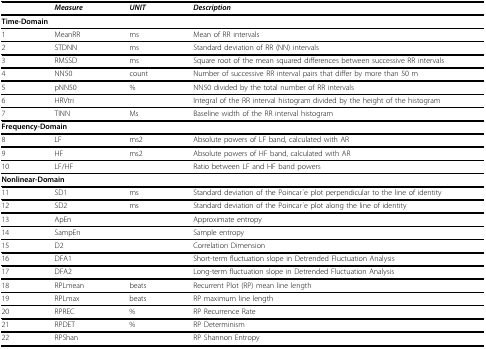
<table><thead><tr><td></td><td><b><i>Measure</i></b></td><td><b><i>UNIT</i></b></td><td><b><i>Description</i></b></td></tr></thead><tbody><tr><td colspan="4"><b>Time-Domain</b></td></tr><tr><td>1</td><td>MeanRR</td><td>ms</td><td>Mean of RR intervals</td></tr><tr><td>2</td><td>STDNN</td><td>ms</td><td>Standard deviation of RR (NN) intervals</td></tr><tr><td>3</td><td>RMSSD</td><td>ms</td><td>Square root of the mean squared differences between successive RR intervals</td></tr><tr><td>4</td><td>NN50</td><td>count</td><td>Number of successive RR interval pairs that differ by more than 50 m</td></tr><tr><td>5</td><td>pNN50</td><td>%</td><td>NN50 divided by the total number of RR intervals</td></tr><tr><td>6</td><td>HRVtri</td><td></td><td>Integral of the RR interval histogram divided by the height of the histogram</td></tr><tr><td>7</td><td>TINN</td><td>Ms</td><td>Baseline width of the RR interval histogram</td></tr><tr><td colspan="4"><b>Frequency-Domain</b></td></tr><tr><td>8</td><td>LF</td><td>ms2</td><td>Absolute powers of LF band, calculated with AR</td></tr><tr><td>9</td><td>HF</td><td>ms2</td><td>Absolute powers of HF band, calculated with AR</td></tr><tr><td>10</td><td>LF/HF</td><td></td><td>Ratio between LF and HF band powers</td></tr><tr><td colspan="4"><b>Nonlinear-Domain</b></td></tr><tr><td>11</td><td>SD1</td><td>ms</td><td>Standard deviation of the Poincar ́e plot perpendicular to the line of identity</td></tr><tr><td>12</td><td>SD2</td><td>ms</td><td>Standard deviation of the Poincar ́e plot along the line of identity</td></tr><tr><td>13</td><td>ApEn</td><td></td><td>Approximate entropy</td></tr><tr><td>14</td><td>SampEn</td><td></td><td>Sample entropy</td></tr><tr><td>15</td><td>D2</td><td></td><td>Correlation Dimension</td></tr><tr><td>16</td><td>DFA1</td><td></td><td>Short-term fluctuation slope in Detrended Fluctuation Analysis</td></tr><tr><td>17</td><td>DFA2</td><td></td><td>Long-term fluctuation slope in Detrended Fluctuation Analysis</td></tr><tr><td>18</td><td>RPLmean</td><td>beats</td><td>Recurrent Plot (RP) mean line length</td></tr><tr><td>19</td><td>RPLmax</td><td>beats</td><td>RP maximum line length</td></tr><tr><td>20</td><td>RPREC</td><td>%</td><td>RP Recurrence Rate</td></tr><tr><td>21</td><td>RPDET</td><td>%</td><td>RP Determinism</td></tr><tr><td>22</td><td>RPShan</td><td></td><td>RP Shannon Entropy</td></tr></tbody></table>